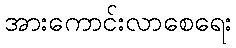
အားကောင်းလာစေရေး